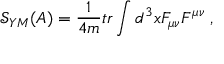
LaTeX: \mathcal { S } _ { Y M } ( A ) = \frac 1 { 4 m } t r \int d ^ { 3 } x F _ { \mu \nu } F ^ { \mu \nu } \; ,